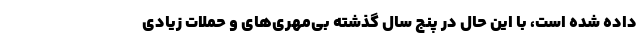
داده شده است، با این حال در پنج سال گذشته بی‌مهری‌های و حملات زیادی